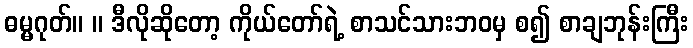
ဓမ္မဂုတ်။ ။ ဒီလိုဆိုတော့ ကိုယ်တော်ရဲ့ စာသင်သားဘဝမှ စ၍ စာချဘုန်းကြီး